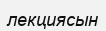
лекциясын